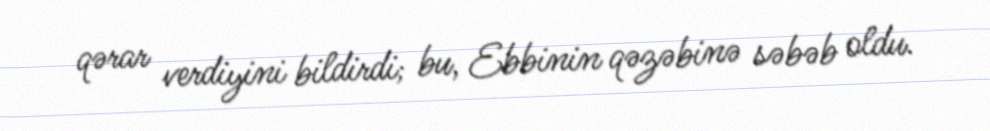
qərar verdiyini bildirdi; bu, Ebbinin qəzəbinə səbəb oldu.